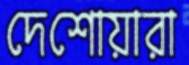
দেশোয়ারা